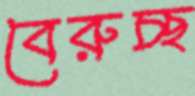
বেরুচ্ছ